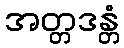
အတ္တဒန္တံ